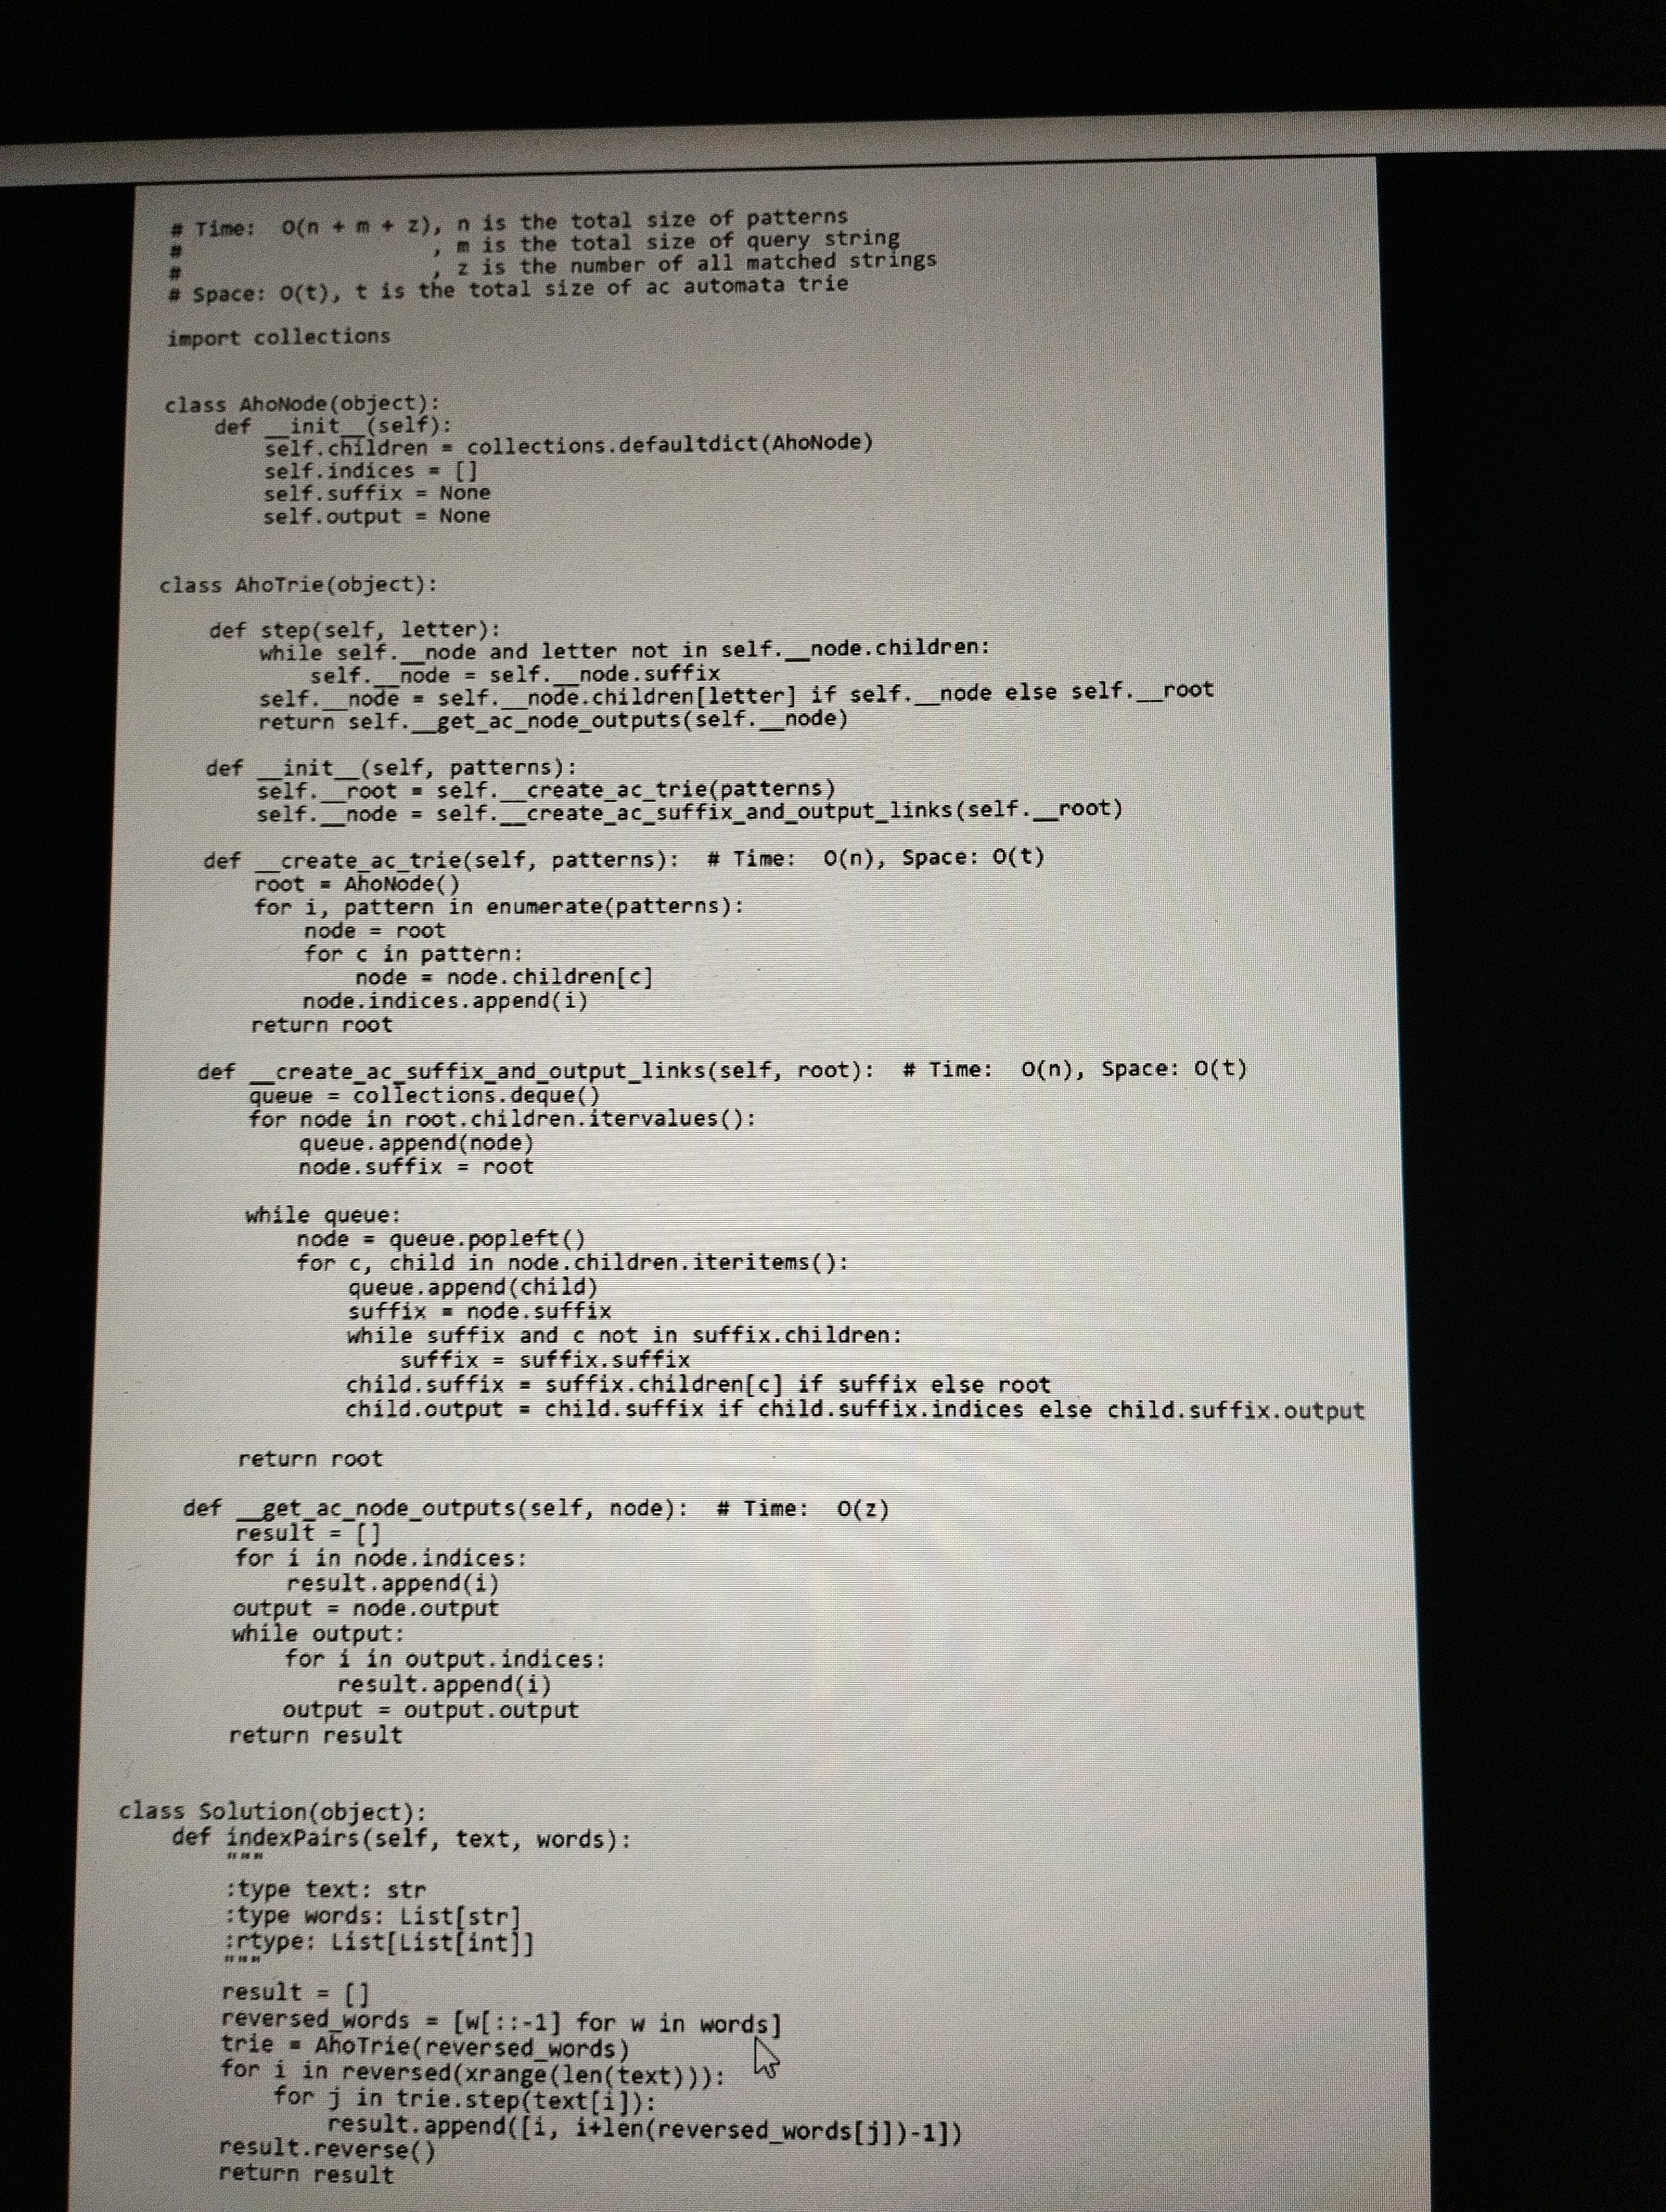
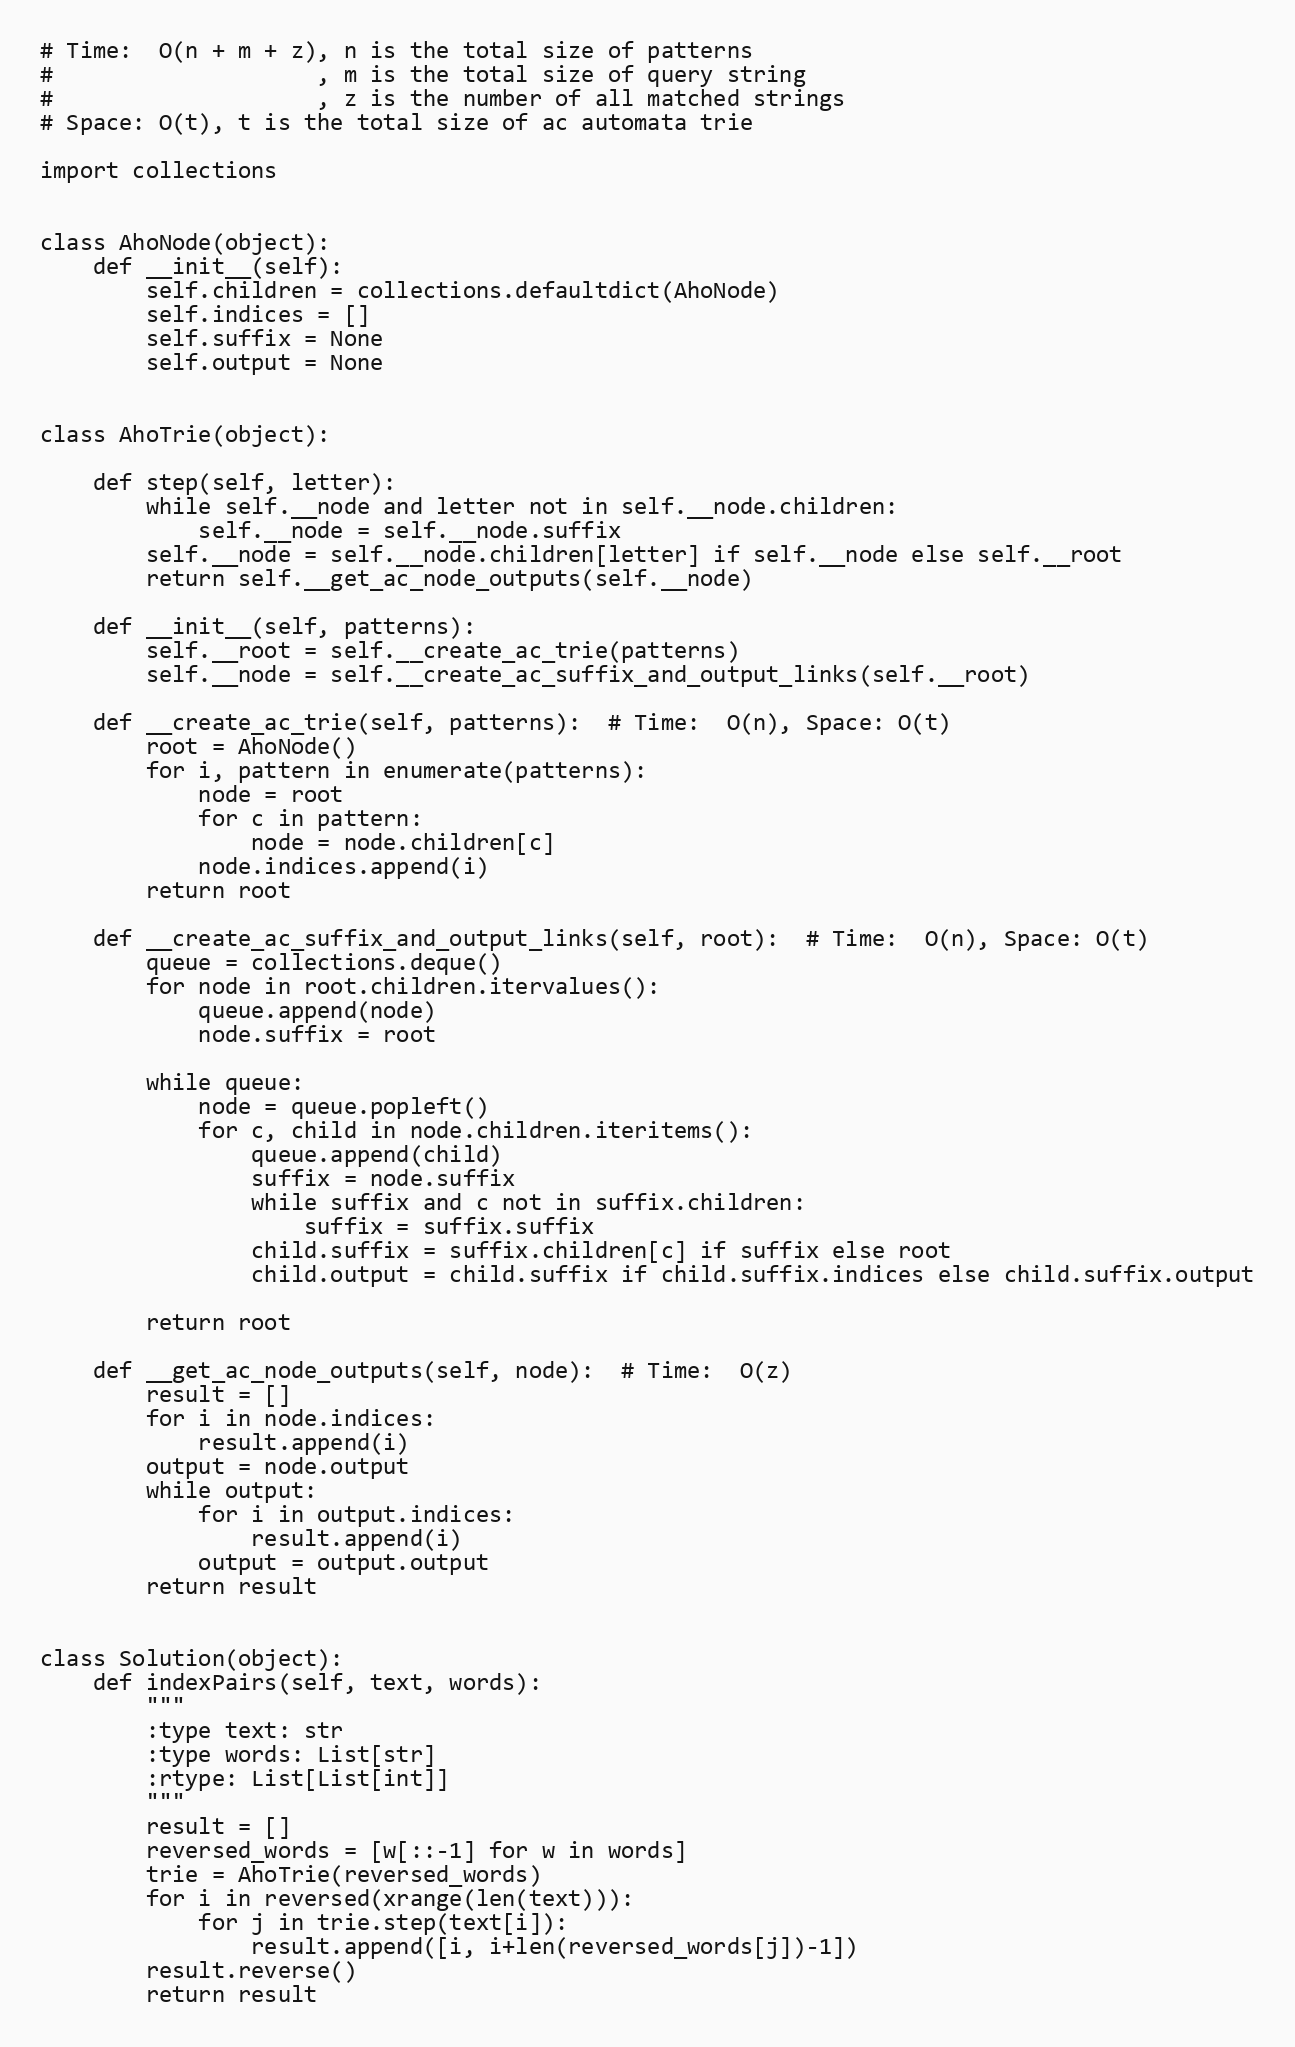
# Time:  O(n + m + z), n is the total size of patterns
#                    , m is the total size of query string
#                    , z is the number of all matched strings
# Space: O(t), t is the total size of ac automata trie

import collections

class AhoNode(object):
    def __init__(self):
        self.children = collections.defaultdict(AhoNode)
        self.indices = []
        self.suffix = None
        self.output = None

class AhoTrie(object):

    def step(self, letter):
        while self.__node and letter not in self.__node.children:
            self.__node = self.__node.suffix
        self.__node = self.__node.children[letter] if self.__node else self.__root
        return self.__get_ac_node_outputs(self.__node)

    def __init__(self, patterns):
        self.__root = self.__create_ac_trie(patterns)
        self.__node = self.__create_ac_suffix_and_output_links(self.__root)

    def __create_ac_trie(self, patterns):  # Time:  O(n), Space: O(t)
        root = AhoNode()
        for i, pattern in enumerate(patterns):
            node = root
            for c in pattern:
                node = node.children[c]
            node.indices.append(i)
        return root

    def __create_ac_suffix_and_output_links(self, root):  # Time:  O(n), Space: O(t)
        queue = collections.deque()
        for node in root.children.itervalues():
            queue.append(node)
            node.suffix = root

        while queue:
            node = queue.popleft()
            for c, child in node.children.iteritems():
                queue.append(child)
                suffix = node.suffix
                while suffix and c not in suffix.children:
                    suffix = suffix.suffix
                child.suffix = suffix.children[c] if suffix else root
                child.output = child.suffix if child.suffix.indices else child.suffix.output

        return root

    def __get_ac_node_outputs(self, node):  # Time:  O(z)
        result = []
        for i in node.indices:
            result.append(i)
        output = node.output
        while output:
            for i in output.indices:
                result.append(i)
            output = output.output
        return result

class Solution(object):
    def indexPairs(self, text, words):
        """
        :type text: str
        :type words: List[str]
        :rtype: List[List[int]]
        """
        result = []
        reversed_words = [w[::-1] for w in words]
        trie = AhoTrie(reversed_words)
        for i in reversed(xrange(len(text))):
            for j in trie.step(text[i]):
                result.append([i, i+len(reversed_words[j])-1])
        result.reverse()
        return result